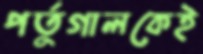
পর্তুগালকেই